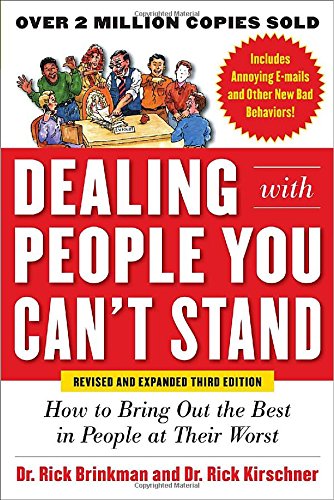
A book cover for Dealing with People You Can't Stand, Revised and Expanded Third Edition: How to Bring Out the Best in People at Their Worst; Rick Kirschner; Parenting & Relationships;